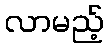
လာမည့်